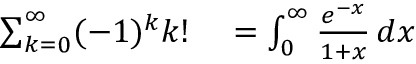
\begin{array} { r l } { \sum _ { k = 0 } ^ { \infty } ( - 1 ) ^ { k } k ! } & { { } = \int _ { 0 } ^ { \infty } { \frac { e ^ { - x } } { 1 + x } } \, d x } \end{array}